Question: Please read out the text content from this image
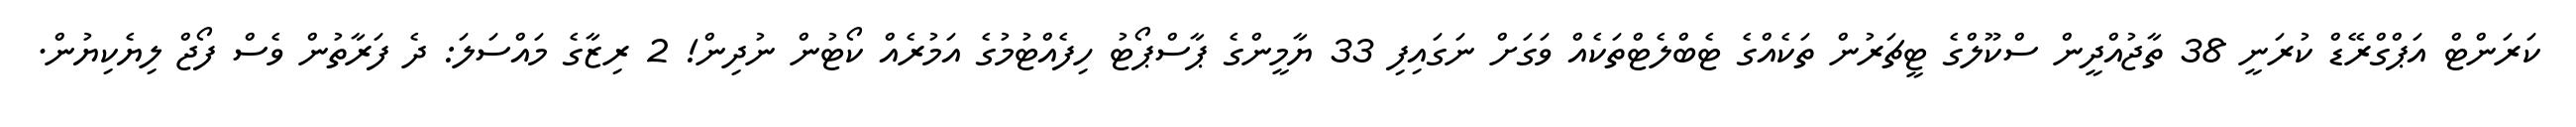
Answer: ކަރަންޓް އަޕްގްރޭޑް ކުރަނީ 38 ތާޖުއްދީން ސްކޫލްގެ ޓީޗަރުން ތަކެއްގެ ޓެބްލެޓްތަކެއް ވަގަށް ނަގައިފި 33 ޔާމީންގެ ޕާސްޕޯޓު ހިފެއްޓުމުގެ އަމުރެއް ކޯޓުން ނުދިން! 2 ރިޒާގެ މައްސަލަ: ދެ ފަރާތުން ވެސް ފޯޖް ލިޔެކިޔުން.